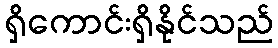
ရှိကောင်းရှိနိုင်သည်